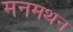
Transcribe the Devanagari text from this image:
मनमथन